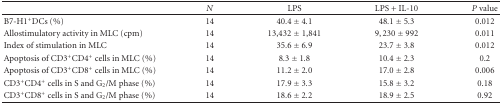
<table><thead><tr><td><b> </b></td><td><b><i>N</i></b></td><td><b>LPS</b></td><td><b>LPS + IL-10</b></td><td><b><i>P</i> value</b></td></tr></thead><tbody><tr><td>B7-H1<sup>+</sup>DCs (%)</td><td>14</td><td>40.4 ± 4.1</td><td>48.1 ± 5.3</td><td>0.012 </td></tr><tr><td>Allostimulatory activity in MLC (cpm)</td><td>14</td><td>13,432 ± 1,841</td><td>9,230 ± 992</td><td>0.011</td></tr><tr><td>Index of stimulation in MLC</td><td>14</td><td>35.6 ± 6.9</td><td>23.7 ± 3.8</td><td>0.012</td></tr><tr><td>Apoptosis of CD3<sup>+</sup>CD4<sup>+</sup> cells in MLC (%)</td><td>14</td><td>8.3 ± 1.8</td><td>10.4 ± 2.3</td><td>0.2</td></tr><tr><td>Apoptosis of CD3<sup>+</sup>CD8<sup>+</sup> cells in MLC (%)</td><td>14</td><td>11.2 ± 2.0</td><td>17.0 ± 2.8</td><td>0.006</td></tr><tr><td>CD3<sup>+</sup>CD4<sup>+</sup> cells in S and G<sub>2</sub>/M phase (%)</td><td>14</td><td>17.9 ± 3.3</td><td>15.8 ± 3.2</td><td>0.18</td></tr><tr><td>CD3<sup>+</sup>CD8<sup>+</sup> cells in S and G<sub>2</sub>/M phase (%)</td><td>14</td><td>18.6 ± 2.2</td><td>18.9 ± 2.5</td><td>0.92</td></tr></tbody></table>